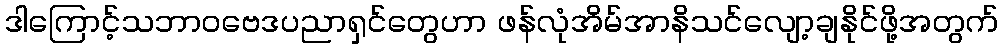
ဒါကြောင့်သဘာဝဗေဒပညာရှင်တွေဟာ ဖန်လုံအိမ်အာနိသင်လျော့ချနိုင်ဖို့အတွက်